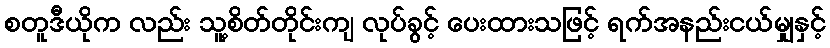
စတူဒီယိုက လည်း သူ့စိတ်တိုင်းကျ လုပ်ခွင့် ပေးထားသဖြင့် ရက်အနည်းငယ်မျှနှင့်